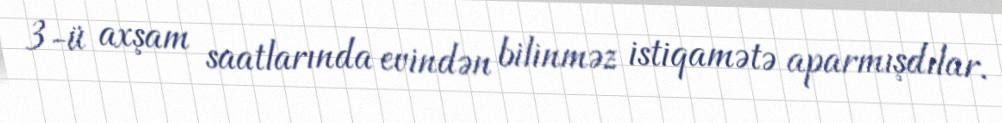
3-ü axşam saatlarında evindən bilinməz istiqamətə aparmışdılar.